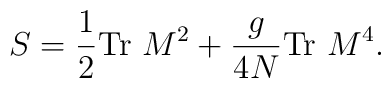
S=\frac{1}{2}\mbox{Tr }M^2+\frac{g}{4N}\mbox{Tr }M^4.